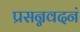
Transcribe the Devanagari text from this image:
प्रसन्नवदनं